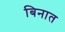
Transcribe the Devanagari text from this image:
बिनात